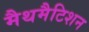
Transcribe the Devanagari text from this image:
मैथमैटिशन